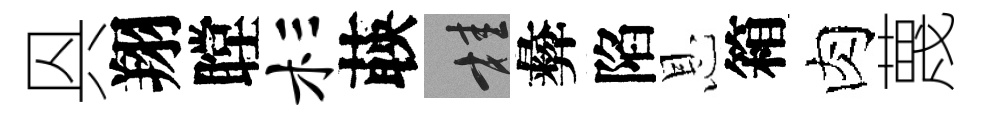
㒷翔瞠杉𦴤桂彜陷恩箱肉蔑